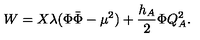
W = X \lambda ( \Phi \bar { \Phi } - \mu ^ { 2 } ) + { \frac { h _ { A } } { 2 } } \Phi Q _ { A } ^ { 2 } .